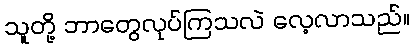
သူတို့ ဘာတွေလုပ်ကြသလဲ လေ့လာသည်။